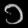
Digit: ၁